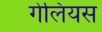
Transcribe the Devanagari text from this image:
गेलियस